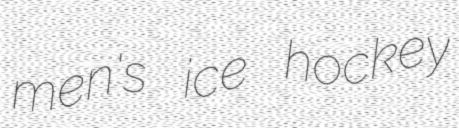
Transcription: men's ice hockey